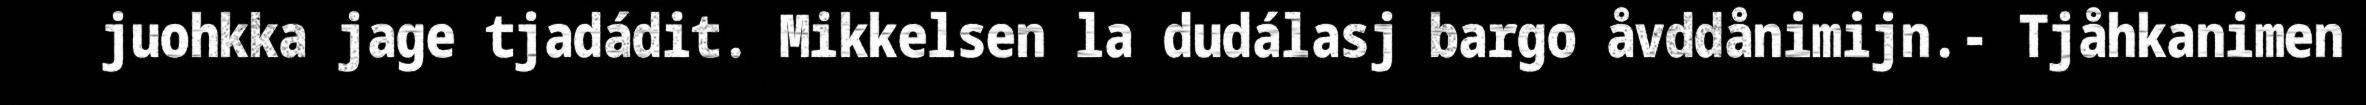
juohkka jage tjadádit. Mikkelsen la dudálasj bargo åvddånimijn.- Tjåhkanimen